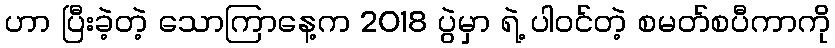
ဟာ ပြီးခဲ့တဲ့ သောကြာနေ့က 2018 ပွဲမှာ ရဲ့ ပါဝင်တဲ့ စမတ်စပီကာကို